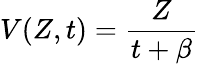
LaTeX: V(Z,t)=\frac{Z}{t+\beta}